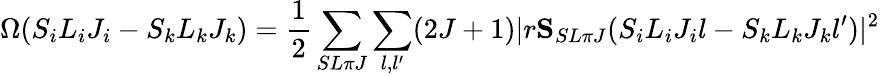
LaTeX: \Omega(S_{i}L_{i}J_{i}-S_{k}L_{k}J_{k})={\frac{1}{2}}\sum_{SL\pi J}\sum_{l,l^{\prime}}(2J+1)\lvert r{\mathbf S}_{SL\pi J}(S_{i}L_{i}J_{i}l-S_{k}L_{k}J_{k}l^{\prime})\rvert^{2}